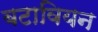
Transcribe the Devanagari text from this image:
बटावियन